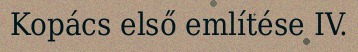
Kopács első említése IV.